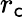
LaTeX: r_{\mathsf{c}}